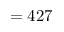
= 4 2 7